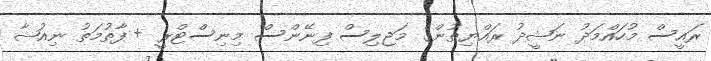
ރައީސް މުހައްމަދު ނަޝީދު ރައްޔިތުންގެ މަޖިލިސް ފިނޭންސް މިނިސްޓްރީ + ފާތުމަތު ނިއުޝާ